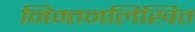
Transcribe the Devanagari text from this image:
निम्तनलिखित